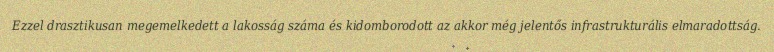
Ezzel drasztikusan megemelkedett a lakosság száma és kidomborodott az akkor még jelentős infrastrukturális elmaradottság.